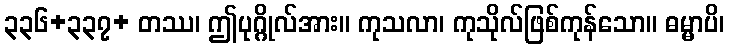
၃၃၆+၃၃၇+ တဿ၊ ဤပုဂ္ဂိုလ်အား။ ကုသလာ၊ ကုသိုလ်ဖြစ်ကုန်သော။ ဓမ္မာပိ၊